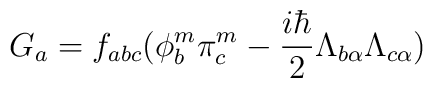
G_a  =  f_{abc} (\phi^m_b \pi^m_c  -\frac{i\hbar}{2} \Lambda_{b\alpha} \Lambda_{c\alpha})